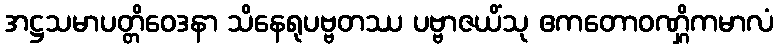
အဋ္ဌသမာပတ္တိဝေဒနာ သိနေရုပဗ္ဗတဿ ပဗ္ဗာဇယိံသု ဧကတောဝဏ္ဋိကမာလံ